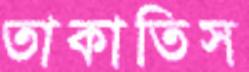
তাকাতিস